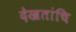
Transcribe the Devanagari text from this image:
देखतांचि